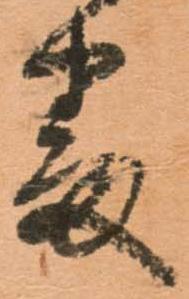
番